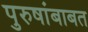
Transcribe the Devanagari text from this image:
पुरुषांबाबत